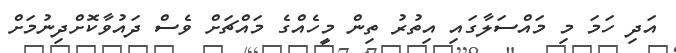
އަދި ހަމަ މި މައްސަލާގައި އިތުރު ތިން މީހެއްގެ މައްޗަށް ވެސް ދައުވާކޮށްދިނުމަށް